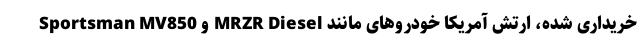
خریداری شده، ارتش آمریکا خودروهای مانند MRZR Diesel و Sportsman MV850